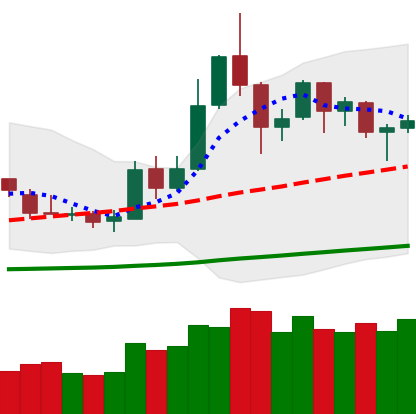
Ticker: DOGE-USD
Chart end date: 2019-05-24
Forward return: 4.407%
Label: up_3_5